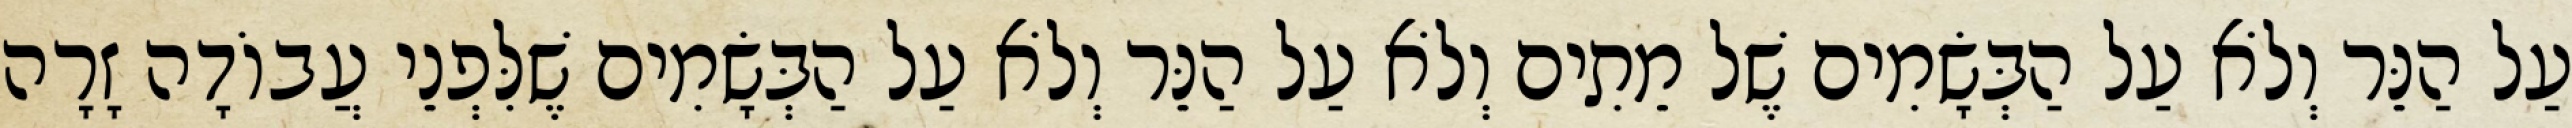
עַל הַנֵּר וְלֹא עַל הַבְּשָׂמִים שֶׁל מֵתִים וְלֹא עַל הַנֵּר וְלֹא עַל הַבְּשָׂמִים שֶׁלִּפְנֵי עֲבוֹדָה זָרָה